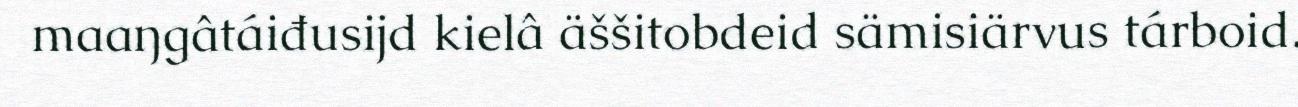
maaŋgâtáiđusijd kielâ äššitobdeid sämisiärvus tárboid.